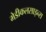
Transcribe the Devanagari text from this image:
मेडीकलसाइन्स